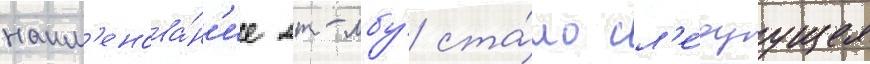
наим'енова́н'ие мт-лбу́ ста́ло сл'е́дуущее